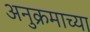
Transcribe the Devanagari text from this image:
अनुक्रमाच्या